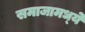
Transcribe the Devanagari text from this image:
समाजामध्‍ये